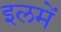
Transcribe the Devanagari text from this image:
इलमें